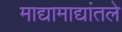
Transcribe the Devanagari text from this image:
माद्यामाद्यांतले